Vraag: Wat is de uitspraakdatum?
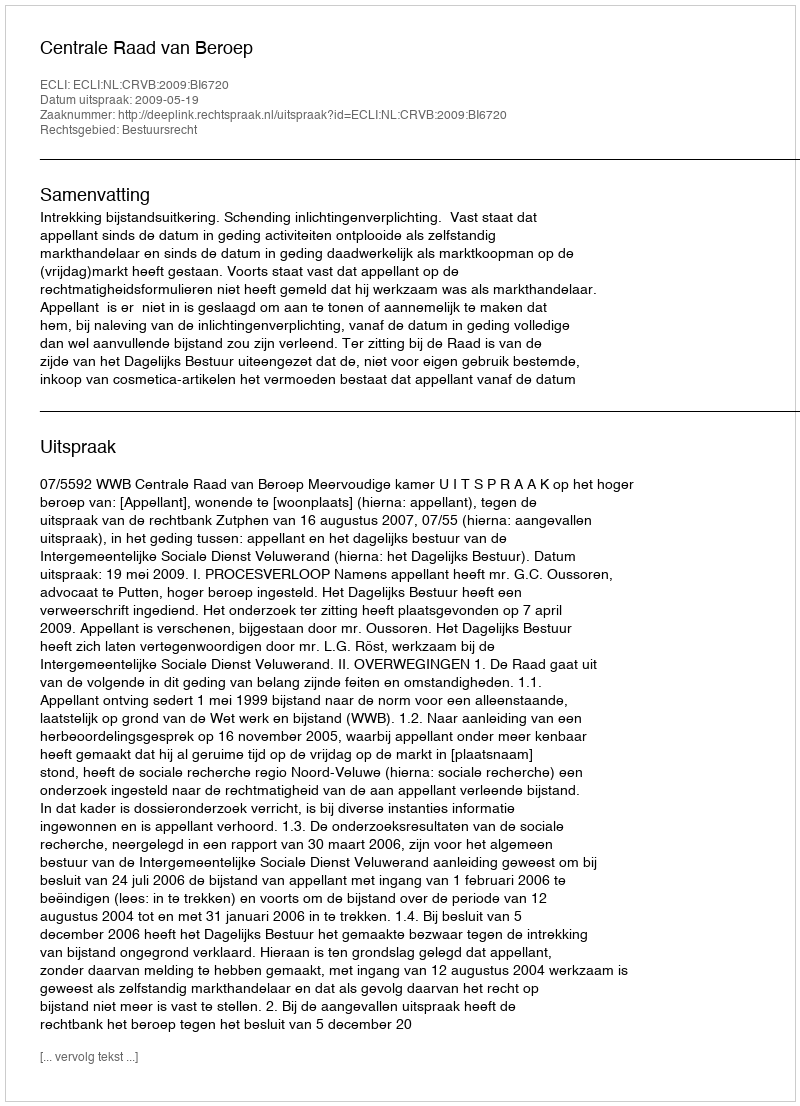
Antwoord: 2009-05-19